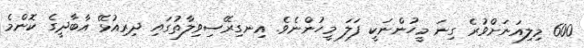
600 މިލިއަނަށްވުރެ ގިނަ މީހުންނަކީ ފަލަ މީހުންނެވެ. އިނގިރޭސިވިލާތުގައި ދިރިއުޅޭ އާބާދީގެ ކޮންމެ